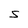
Character: S